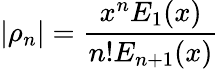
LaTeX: |\rho_{n}|=\frac{x^{n}E_{1}(x)}{n!E_{n+1}(x)}